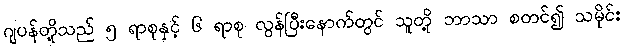
ဂျပန်တို့သည် ၅ ရာစုနှင့် ၆ ရာစု လွန်ပြီးနောက်တွင် သူတို့ ဘာသာ စတင်၍ သမိုင်း